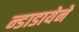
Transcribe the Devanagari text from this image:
न्डाडायेने